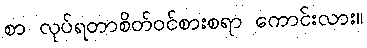
စာ လုပ်ရတာစိတ်ဝင်စားစရာ ကောင်းလား။